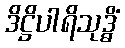
ဒိဋ္ဌိပါရိသုဒ္ဓိံ